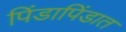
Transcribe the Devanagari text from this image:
पिंडापिंडात